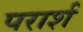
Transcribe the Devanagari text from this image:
परार्श